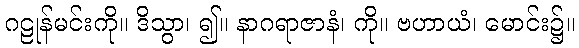
ဂဠုန်မင်းကို။ ဒိသွာ၊ ၍။ နာဂရာဇာနံ၊ ကို။ ဗဟာယံ၊ မောင်း၌။